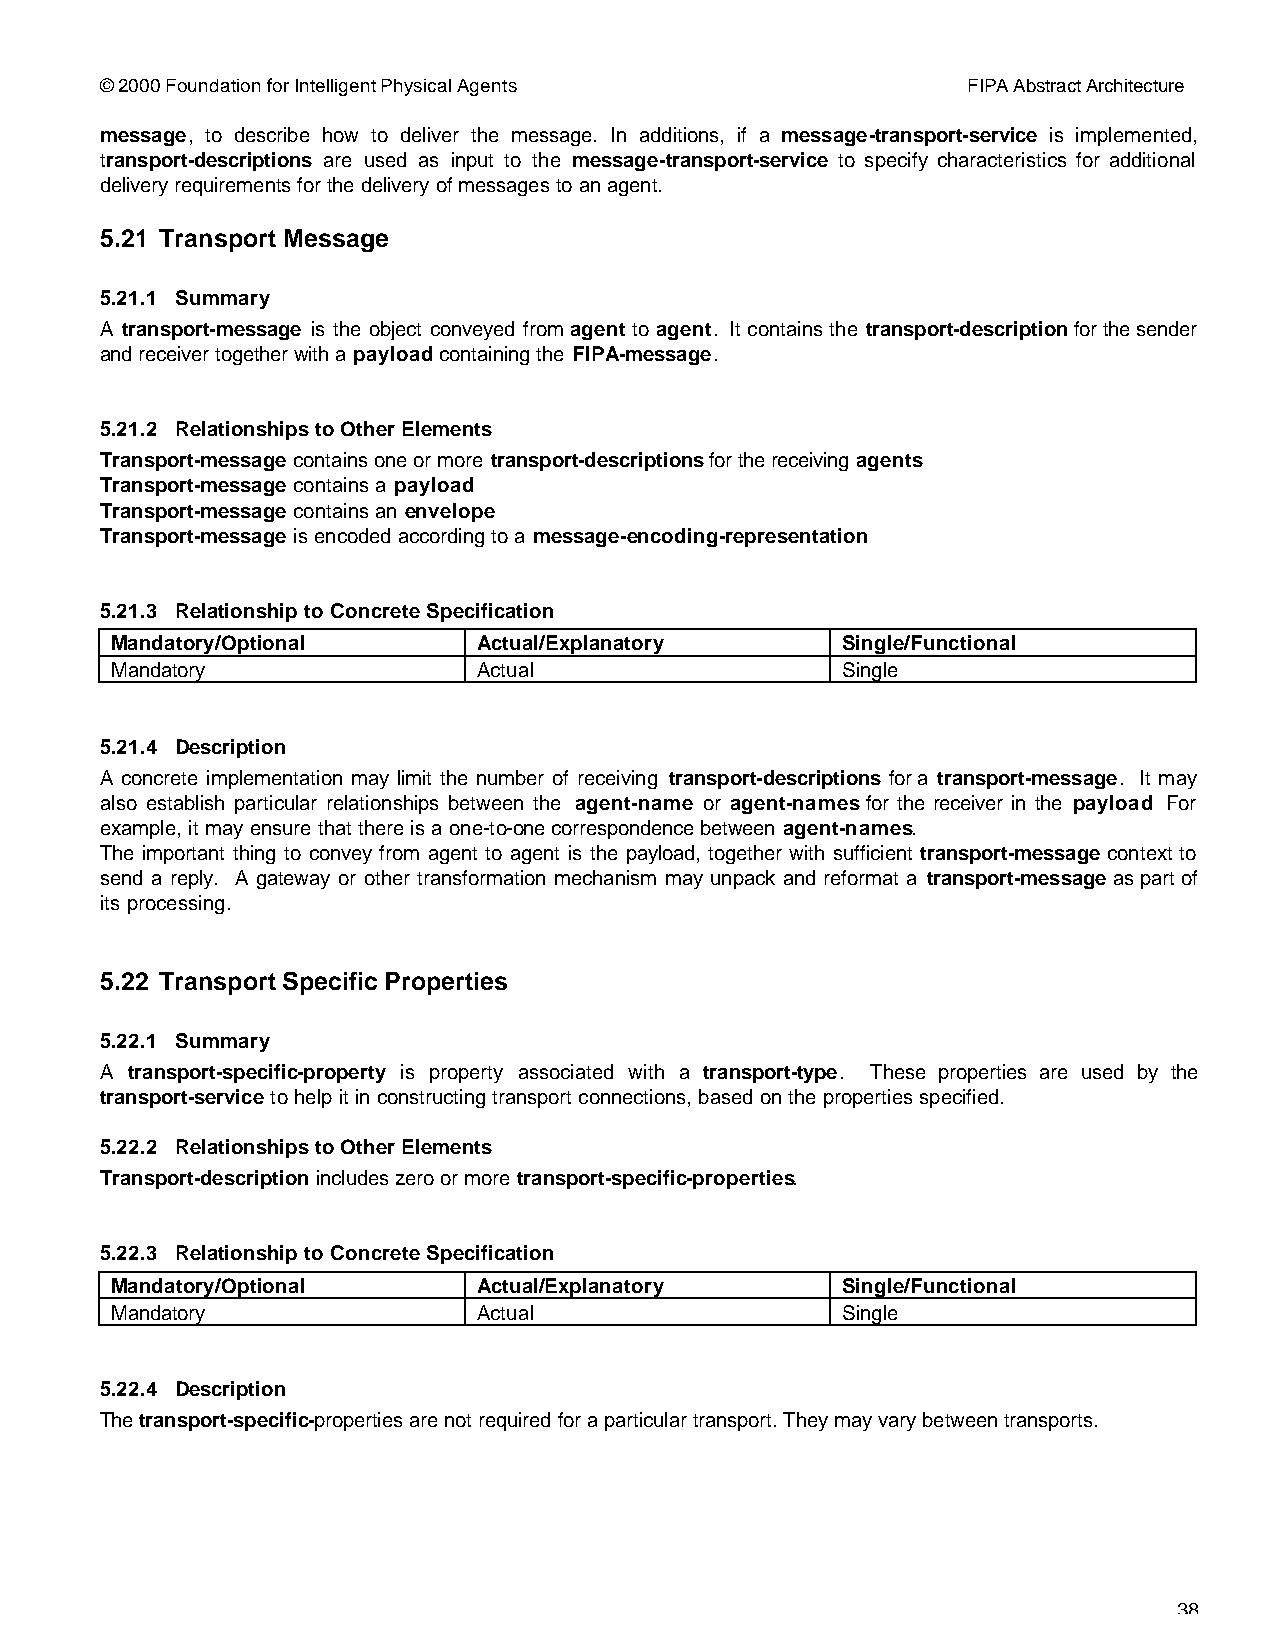
© 2000 Foundation for Intelligent Physical Agents        FIPA Abstract Architecture
 message, to describe how to deliver the message. In additions, if a message-transport-service is implemented,
 transport-descriptions are used as input to the message-transport-service to specify characteristics for additional
 delivery requirements for the delivery of messages to an agent.
 5.21 Transport Message
 5.21.1 Summary
 A transport-message is the object conveyed from agent to agent. It contains the transport-description for the sender
 and receiver together with a payload containing the FIPA-message.
 5.21.2 Relationships to Other Elements
 Transport-message contains one or more transport-descriptions for the receiving agents
 Transport-message contains a payload
 Transport-message contains an envelope
 Transport-message is encoded according to a message-encoding-representation
 5.21.3 Relationship to Concrete Specification
 Mandatory/Optional       Actual/Explanatory      Single/Functional
 Mandatory                Actual                  Single
 5.21.4 Description
 A concrete implementation may limit the number of receiving transport-descriptions for a transport-message. It may
 also establish particular relationships between the agent-name or agent-names for the receiver in the payload For
 example, it may ensure that there is a one-to-one correspondence between agent-names.
 The important thing to convey from agent to agent is the payload, together with sufficient transport-message context to
 send a reply. A gateway or other transformation mechanism may unpack and reformat a transport-message as part of
 its processing.
 5.22 Transport Specific Properties
 5.22.1 Summary
 A transport-specific-property is property associated with a transport-type. These properties are used by the
 transport-service to help it in constructing transport connections, based on the properties specified.
 5.22.2 Relationships to Other Elements
 Transport-description includes zero or more transport-specific-properties.
 5.22.3 Relationship to Concrete Specification
 Mandatory/Optional       Actual/Explanatory      Single/Functional
 Mandatory                Actual                  Single
 5.22.4 Description
 The transport-specific-properties are not required for a particular transport. They may vary between transports.
 38